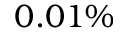
0 . 0 1 \%